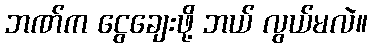
ဘဏ်က ငွေချေးဖို့ ဘယ် လွယ်မလဲ။